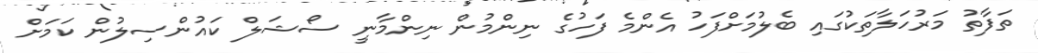
ތަފާތު މަރުހަލާތަކުގައި ބެލުމަށްފަހު އެންމެ ފަހުގެ ނިންމުން ނިންމާނީ ސޯޝަލް ކައުންސިލުން ކަމަށް